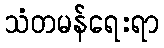
သံတမန်ရေးရာ